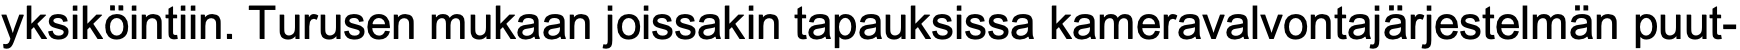
yksiköintiin. Turusen mukaan joissakin tapauksissa kameravalvontajärjestelmän puut-